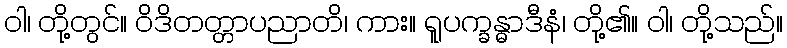
ဝါ၊ တို့တွင်။ ဝိဒိတတ္တာပညာတိ၊ ကား။ ရူပက္ခန္ဓာဒီနံ၊ တို့၏။ ဝါ၊ တို့သည်။